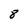
Character: 8